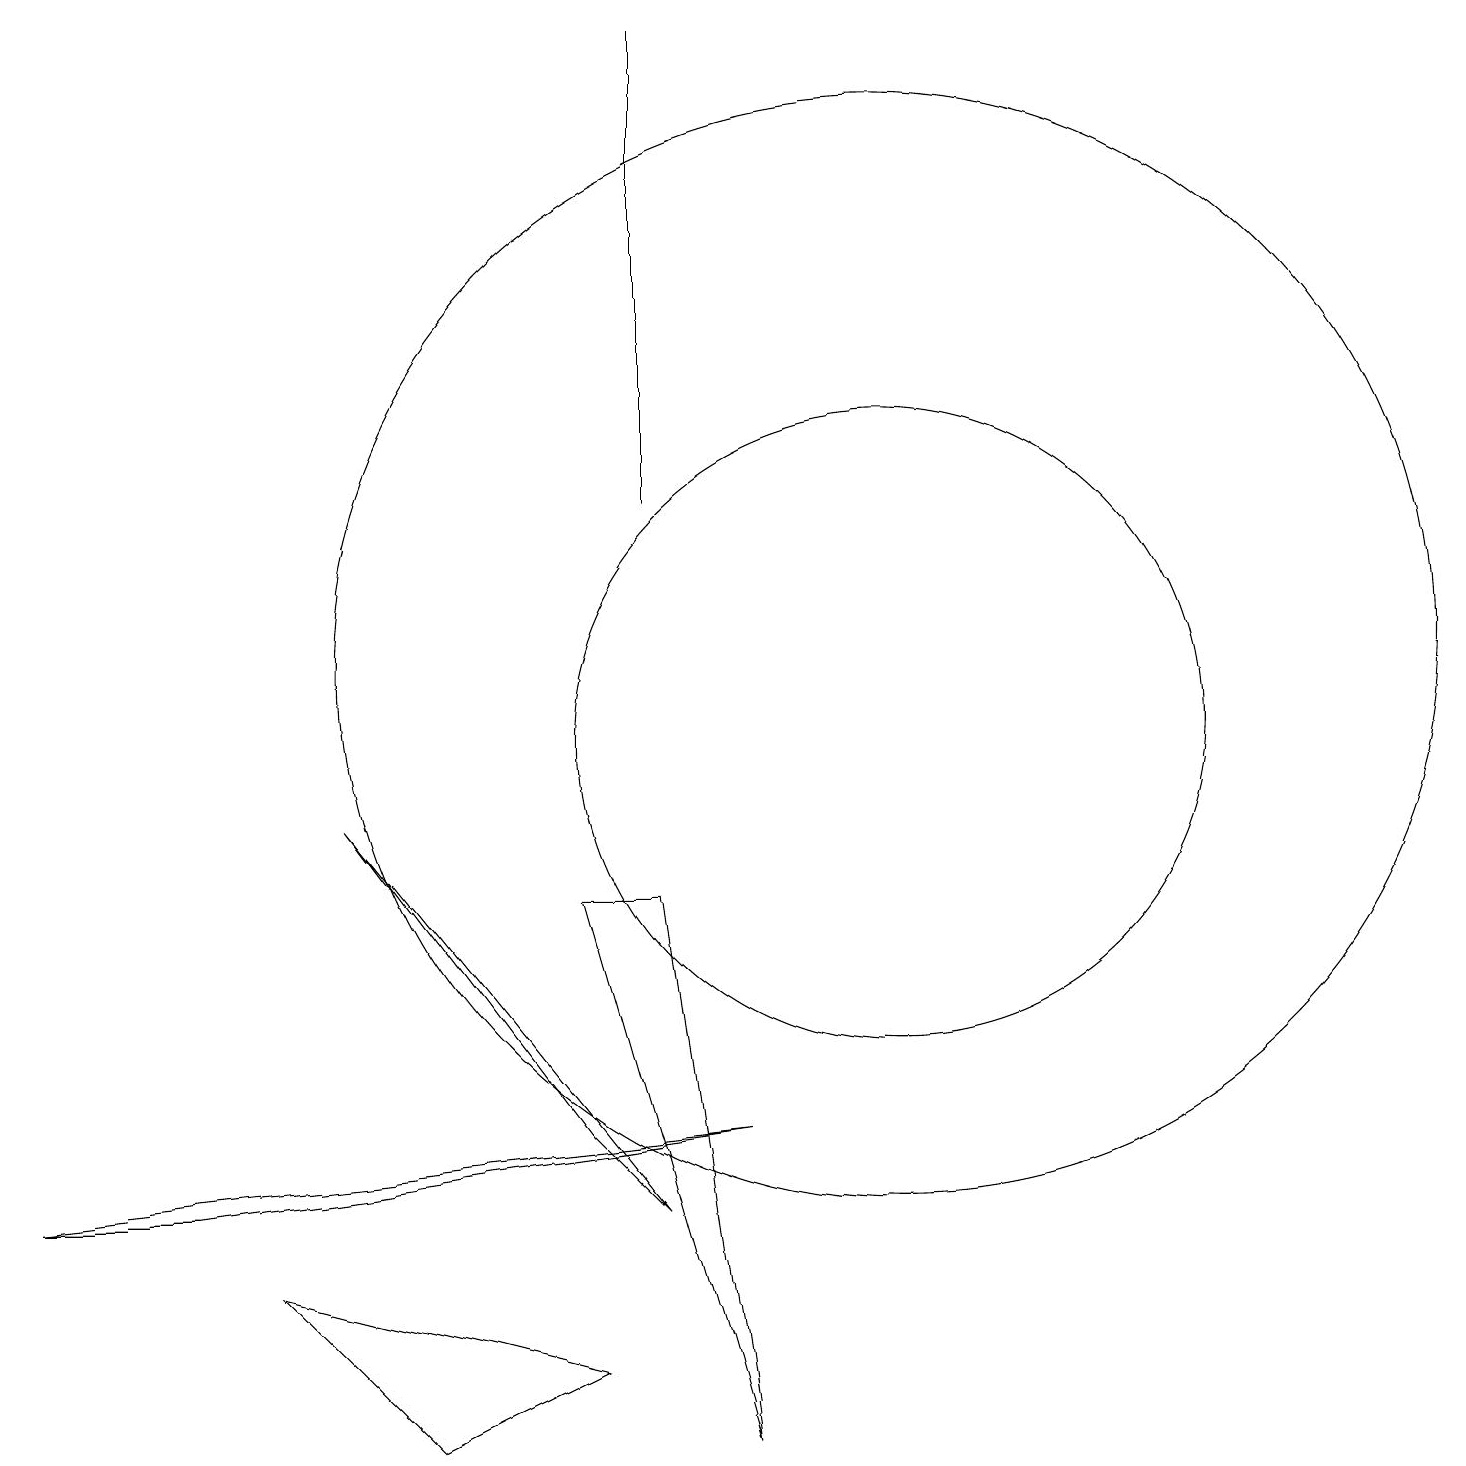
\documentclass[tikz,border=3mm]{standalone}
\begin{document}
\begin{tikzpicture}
\draw (8,19) rectangle (8,13);
\draw (11,11) circle (7);
\draw (5,1) -- (3,3) -- (7,2) -- cycle;
\draw (9,5) -- (0,4) -- (2,4) -- cycle;
\draw (8,4) -- (4,9) -- (7,5) -- cycle;
\draw (11,10) circle (4);
\draw (9,1) -- (7,8) -- (8,8) -- cycle;
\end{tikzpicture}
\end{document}